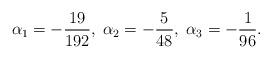
LaTeX: \begin{align*}\alpha _{1}=-\frac{19}{192},\;\alpha _{2}=-\frac{5}{48},\;\alpha_{3}=-\frac{1}{96}.\end{align*}